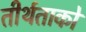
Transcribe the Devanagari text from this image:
तीर्थताको